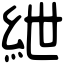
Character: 紲